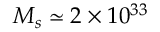
M _ { s } \simeq 2 \times 1 0 ^ { 3 3 }